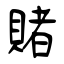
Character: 賭